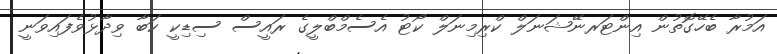
އަމުރާ ބެހޭގޮތުން އިންޓަރނޭޝަނަލް ކްރިމިނަލް ކޯޓު އެސެމްބްލީގެ ރައީސް ސިޑިކީ ކަބާ ވިދާޅުވެފައިވަނީ